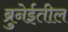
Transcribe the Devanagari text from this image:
ब्रुनेईतील